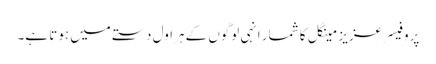
پروفیسر عزیز مینگل کا شمار انہی لوگوں کے ہراول دستے میں ہوتا ہے۔